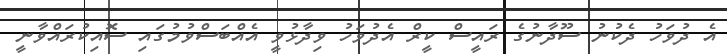
އެ ދުވަހު ދެކުނު ސޫދާނުގެ ރައީސް ކީރް އެދުވަހު ވިދާޅުވީ އެއްބަސްވުމުގައި ސޮއިކުރައްވާނީ